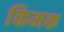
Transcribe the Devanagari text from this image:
किमक